Regulations for the medical services of the Army of India
Year: 1930
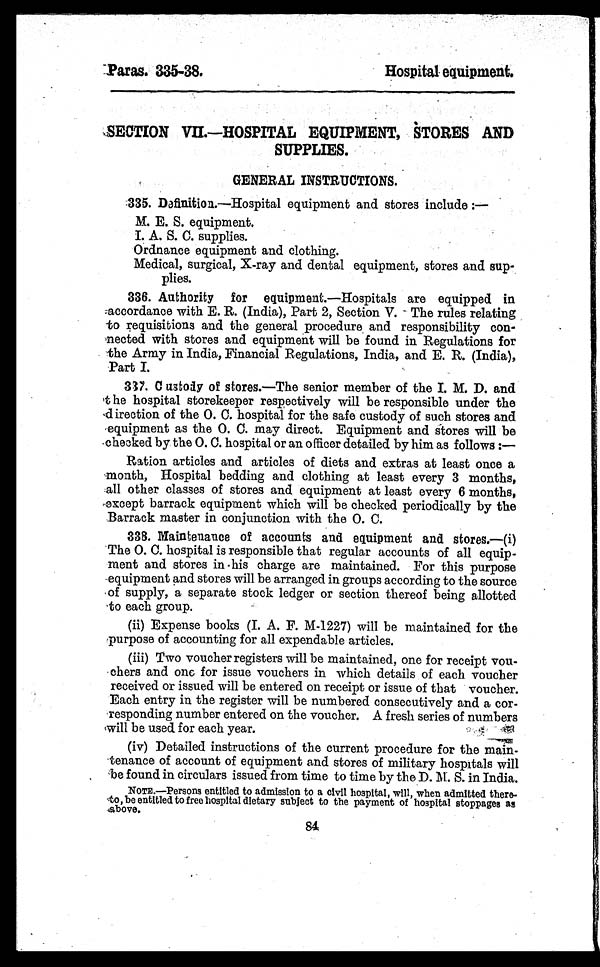
Paras. 335-38.
Hospital equipment.
SECTION VII.—HOSPITAL EQUIPMENT, STORES AND
SUPPLIES.
GENERAL INSTRUCTIONS.
335. Definition.—Hospital equipment and stores include:
—
M. E. S. equipment.
L A. S. C. supplies.
Ordnance equipment and clothing.
Medical, surgical, X-ray and dental equipment, stores and sup-
- p l i e s .
336. Authority for equipment.—Hospitals are equipped in
accordance with E. R. (India), Part 2, Section V. The rules relating
to requisitions and the general procedure and responsibility con--
nected with stores and equipment will be found in Regulations for
the Army in India, Financial Regulations, India, and E. R. (India),
Part I.
337. Custody of stores.—The senior member of the I. M. D. and
the hospital storekeeper respectively will be responsible under the
d i r e c t i o n o f t h e O . C . h o s p i t a l f o r t h e s a f e c u s t o d y o f s u c h s t o r e s a n d
equipment as the O. C. may direct. Equipment and stores will be
checked by the O. C. hospital or an officer detailed by him as follows:
—
Ration articles and articles of diets and extras at least once a
month, Hospital bedding and clothing at least every 3 months,
all other classes of stores and equipment at least every 6 months,
except barrack equipment which will be checked periodically by the
Barrack master in conjunction with the O. C.
338. Maintenance of accounts and equipment and stores.—(i)
The O. C. hospital is responsible that regular accounts of all equip--
ment and stores in his charge are maintained. For this purpose
equipment and stores will be arranged in groups according to the source
of supply, a separate stock ledger or section thereof being allotted
to each group.
(ii) Expense books (I. A. F. M-1227) will be maintained for the
purpose of accounting for all expendable articles.
(iii) Two voucher registers will be maintained, one for receipt vou--
chers and one for issue vouchers in which details of each voucher
received or issued will be entered on receipt or issue of that voucher.
Each entry in the register will be numbered consecutively and a cor--
responding number entered on the voucher. A fresh series of numbers
will be used for each year.
(iv) Detailed instructions of the current procedure for the main--
tenance of account of equipment and stores of military hospitals will
be found in circulars issued from time to time by the D. M. S. in India.
NOTE.—Persons entitled to admission to a civil hospital, will, when admitted there
-to, be entitled to free hospital dietary subject to the payment of hospital stoppages as
above.
84